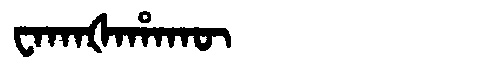
Manchu: ᠸᠠᡴᠠᡧᠠᡥᠠᡴᡡ
Romanization: WAKAŠAHAKŪ